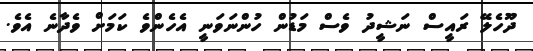
ދޫހެލޭ ރައީސް ނަޝީދު ވެސް މަޑުން ހުންނަވަނީ އެހެންވެ ކަމަށް ވެދާނެ އެވެ.